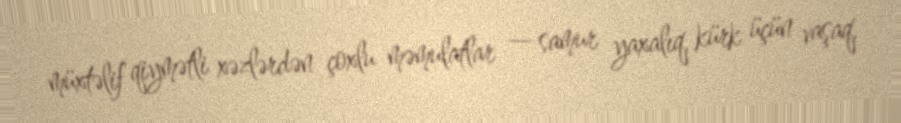
müxtəlif qiymətli xəzlərdən çoxlu məmulatlar — samur yaxalıq, kürk üçün vaşaq,